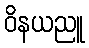
ဝိနယညူ